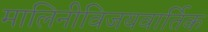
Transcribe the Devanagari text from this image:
मालिनीविजयवार्तिक